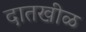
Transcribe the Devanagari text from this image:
दातखीळ